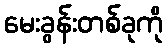
မေးခွန်းတစ်ခုကို